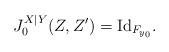
LaTeX: \begin{align*}J_0^{X|Y}(Z, Z') = {\rm{Id}}_{F_{y_0}}.\end{align*}